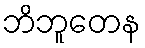
ဘိဘူတေန